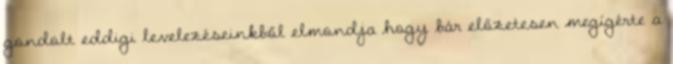
gondolt eddigi levelezéseinkből elmondja hogy bár előzetesen megígérte a